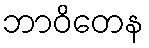
ဘာဝိတေန